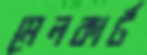
মেলকার্ট